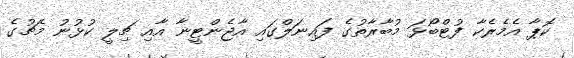
ކޮޕާ އެމެރެކާ ފުޓްބޯޅަ މުބާރާތުގެ ފައިނަލްގައި އާޖެންޓީނާ އާއި ޗިލީ ކުޅުނު މެޗުގެ